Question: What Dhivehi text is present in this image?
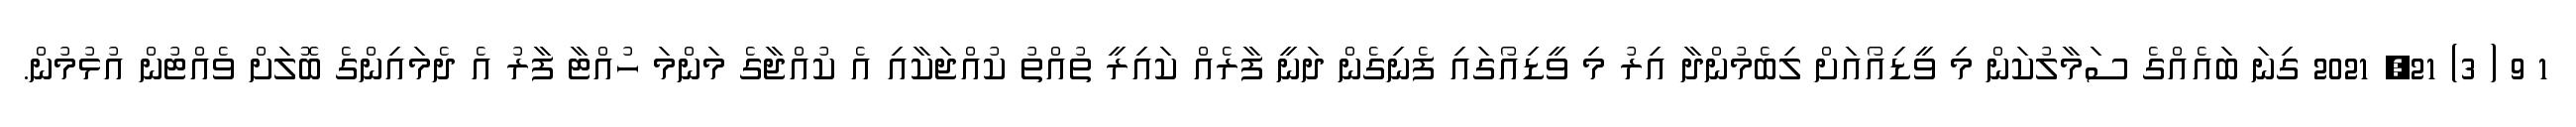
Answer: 1 9 ( 3) 21, 2021 ގިނަ ބައެއްގެ ސަމާލުކަން މި ވީޑިއޯއަށް ލިބެމުންދާ އިރު މި ވީޑިއޯގައި ފެނިގެން ދަނީ ފާރެއް ކައިރީ ތުއްތު ކުއްޖަކާއި އެ ކުއްޖާގެ މަންމަ ހުއްޓާ ފާރު އެ ދެމައިންގެ ބޮލަށް ވެއްޓުން އުޅުމުން.